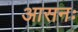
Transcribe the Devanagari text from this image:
आसनः